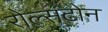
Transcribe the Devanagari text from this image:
रोल्सटोन